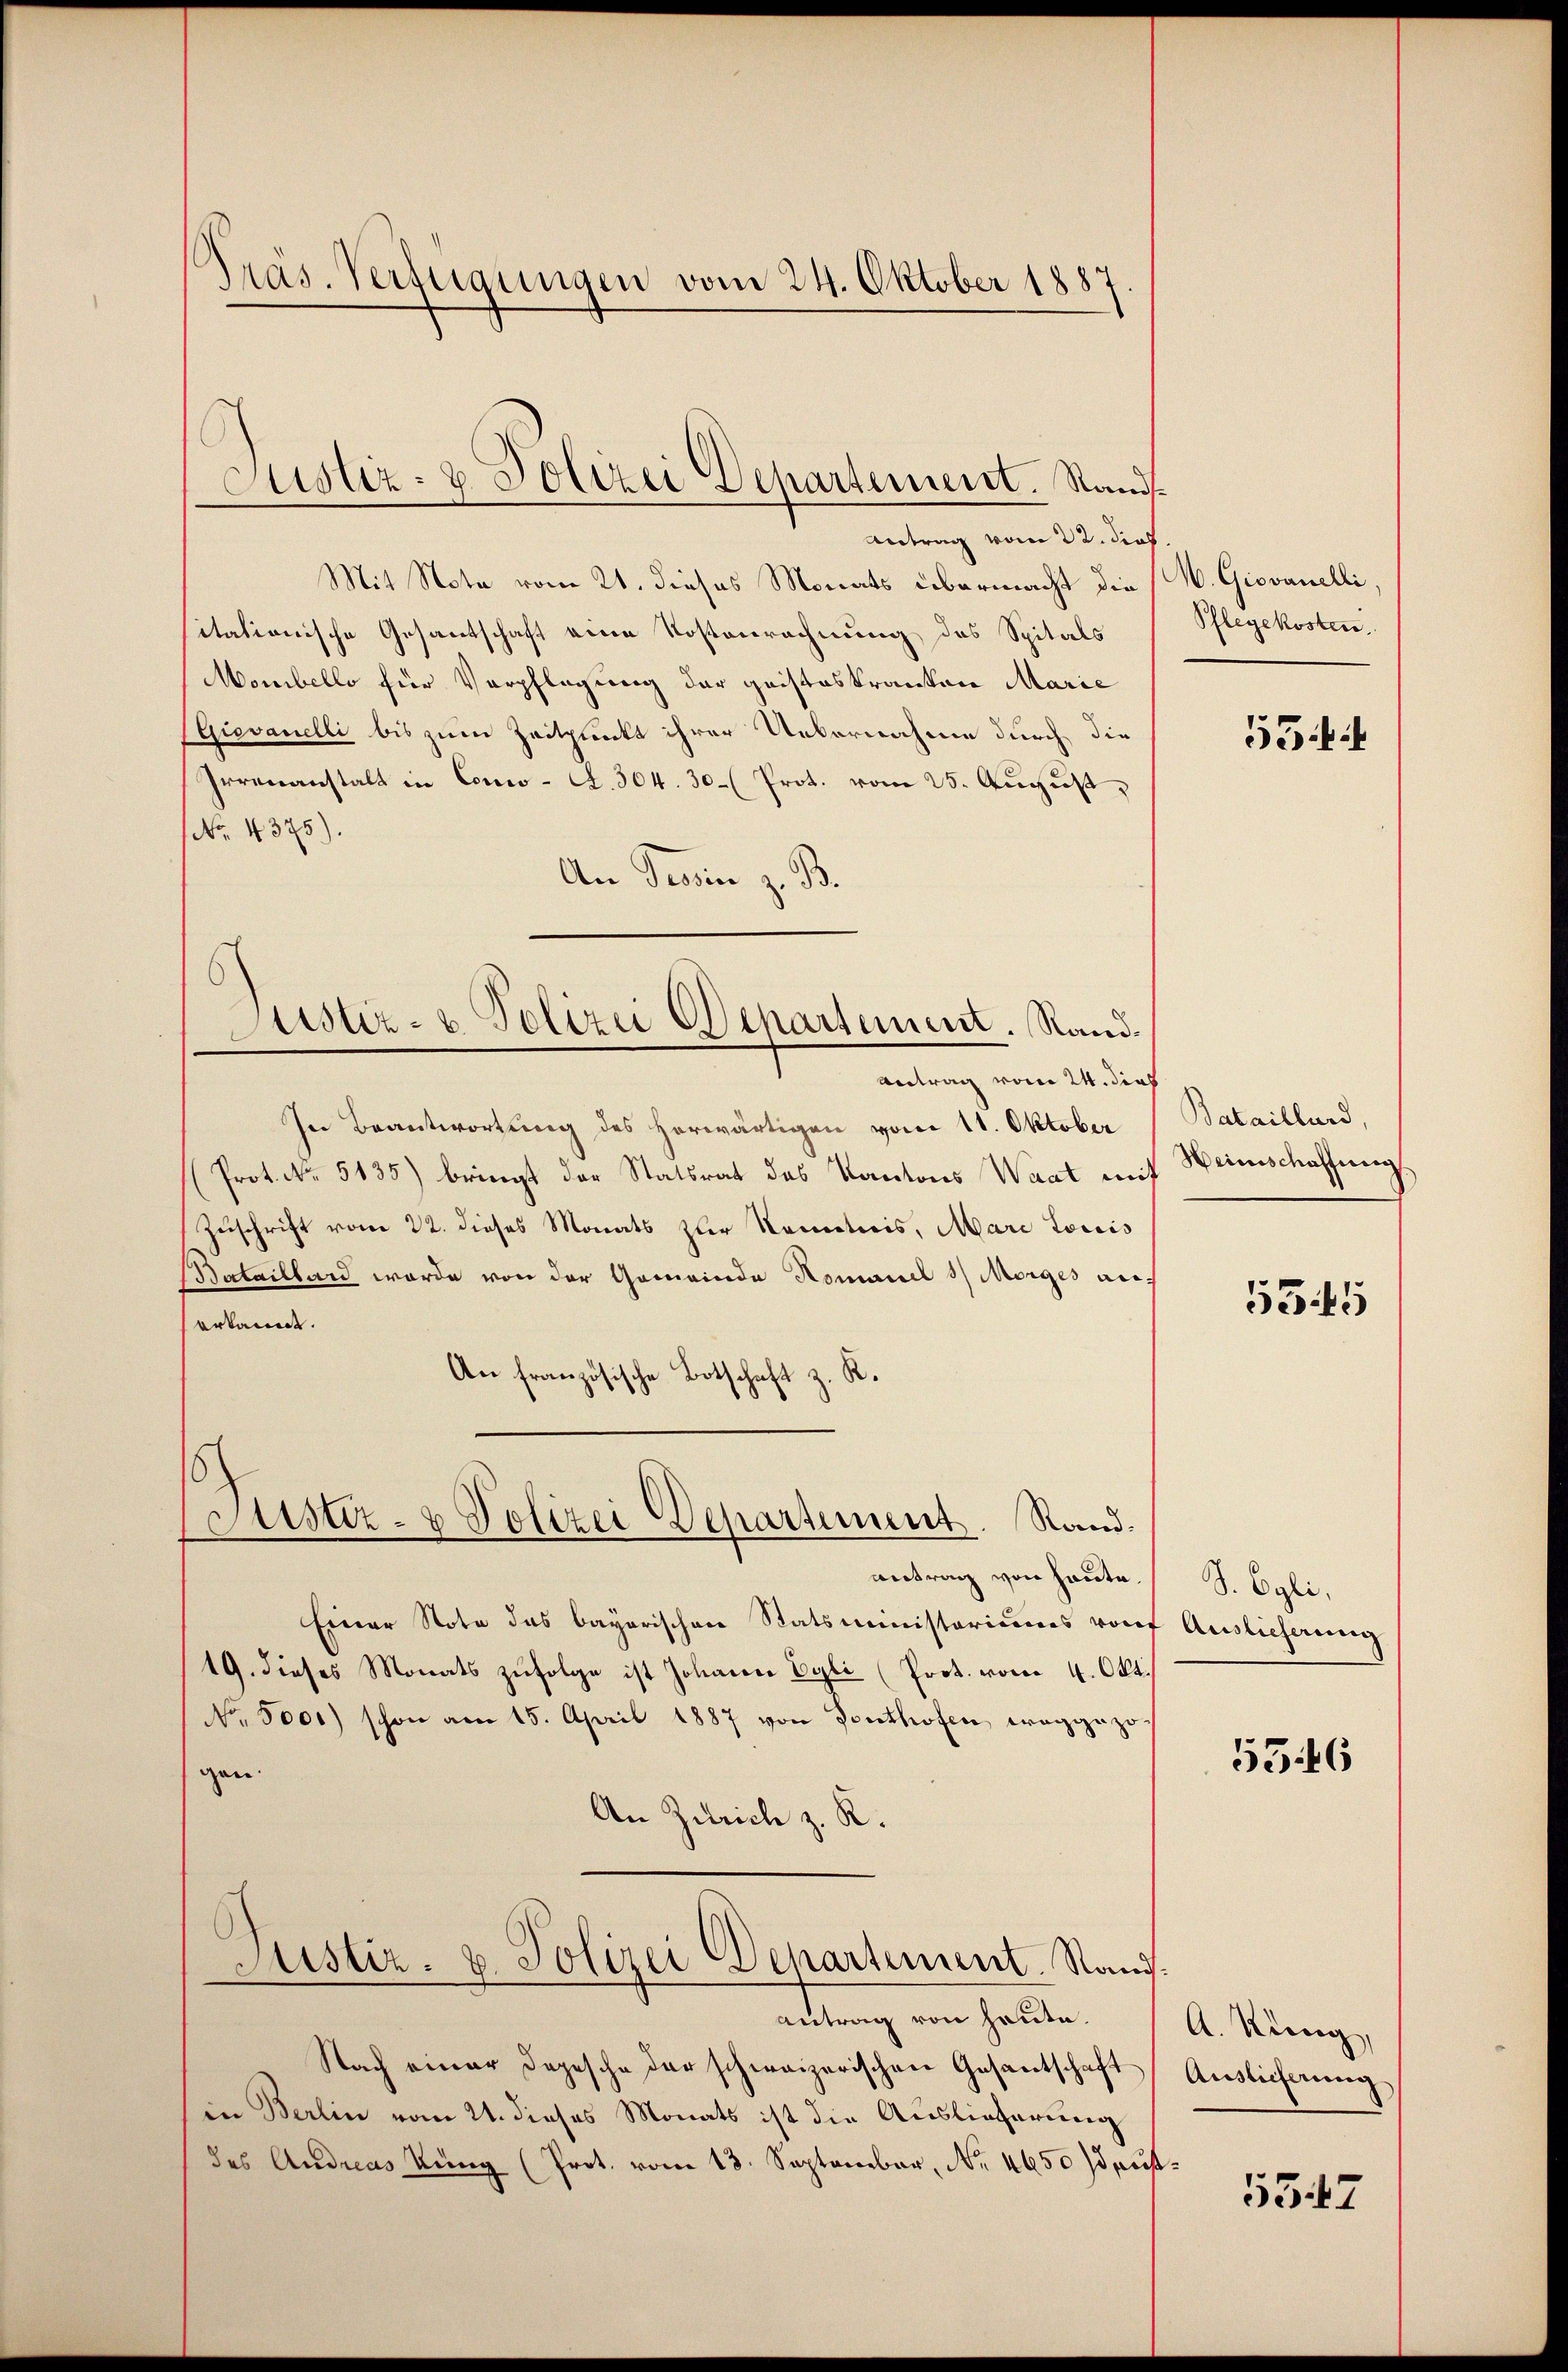
Präs. Verfügungen vom 24. Oktober 1887.

Antrag vom 22. dieß
Mit Note vom 21. dieses Monats übermacht die
itationische Gesantschaft eine Kostenrechnung des Spitals
Monibello für Verpflegung der geisteskranken Marie
(Giovanelli bis zum Zeitpunkt ihrer Uebernahme durch die
Irrenanstalt in Conco-G. 304. 30- (Prot. vom 25. August,
No. 4375).
An Tessin z. B.
In Beantwortung des Horwärtigen vom 11. Oktober Bataillard,
(Prot. No. 5135) bringt der Statsrat des Kantons Waat mit Weinschaffung
Zuschrift vom 22. dieses Monats zur Kenntnis, Mari Louis
Bataillard werde von der Gemeinde Komanel 1 Morges anerkannt.
An französische Botschaft z. K.
Justiz- & Polizei Departement. Randantrag von heute.
Einer Nota das bayerischen Statsministeriums von Auslieferung
19. dieses Monats zŭfolge ist Johann Cyli (Prot. vom 4. Okt.
No. 5000) schon am 15. April 1887 von Ponthofen, weggezogen.
An Zürich z. K.
Justiz- u. Polizei Departement. Stand.
antrag von heute.
Nach einer Depesche der schweizerischen Gesantschaft Auslieferung
in Berlin vom 21. dieses Monats ist die Auslieferung
des Andreas Küng (Prot. vom 13. September, No 4650 daus¬

Fustiz- & Polizei Departement. Stand.

Justiz- u. Polizei Departement. Sand¬
Antrag vom 24. dies

W. Giovanelli,
Pflegekosten.

534

5345

S. Egli.

5546

A. Küng,

5347